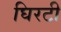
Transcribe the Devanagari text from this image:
घिरटी